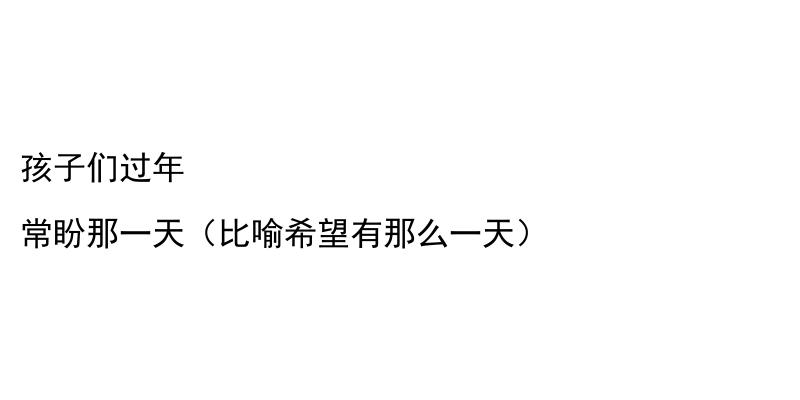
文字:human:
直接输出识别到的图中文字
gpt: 孩子们过年 常盼那一天（比喻希望有那么一天）